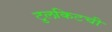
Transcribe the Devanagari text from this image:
टुलकिटची